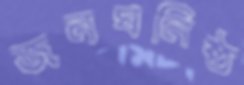
জনঘনিষ্ঠ